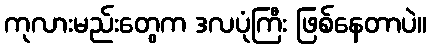
ကုလားမည်းတွေက ဒလပုံကြီး ဖြစ်နေတာပဲ။